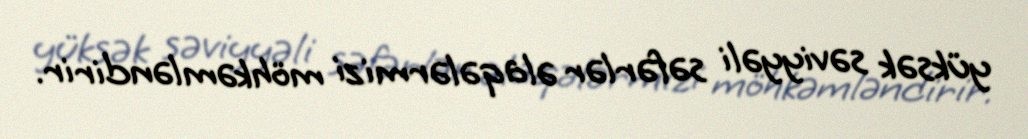
yüksək səviyyəli səfərlər əlaqələrmizi möhkəmləndirir.